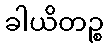
ခါယိတဉ္စ